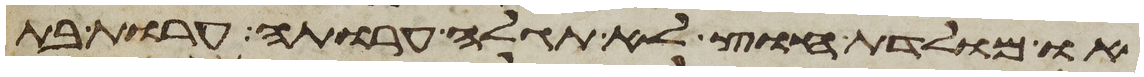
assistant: או מולדת חוץ לא תגלה ערותה ערות בת